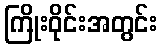
ကြိုးဝိုင်းအတွင်း